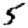
Digit: 5